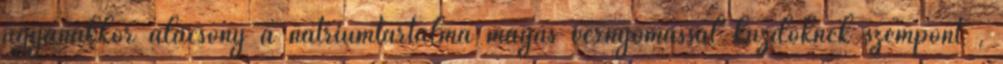
ugyanakkor alacsony a nátriumtartalma magas vérnyomással küzdőknek szempont ,